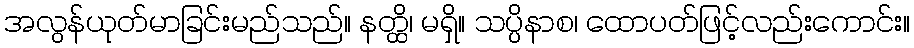
အလွန်ယုတ်မာခြင်းမည်သည်။ နတ္ထိ၊ မရှိ။ သပ္ပိနာစ၊ ထောပတ်ဖြင့်လည်းကောင်း။